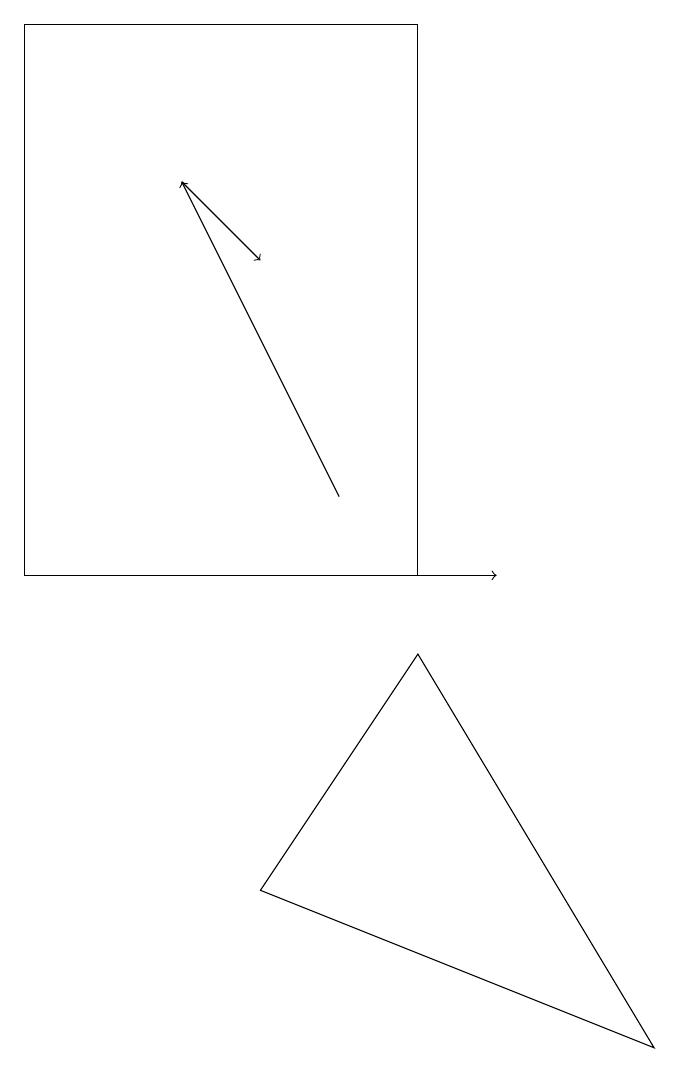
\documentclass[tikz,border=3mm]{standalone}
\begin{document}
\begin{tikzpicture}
\draw (6,10) rectangle (1,17);
\draw[->] (1,10) -- (7,10);
\draw[->] (3,15) -- (4,14);
\draw[->] (5,11) -- (3,15);
\draw (4,6) -- (6,9) -- (9,4) -- cycle;
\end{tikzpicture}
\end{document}